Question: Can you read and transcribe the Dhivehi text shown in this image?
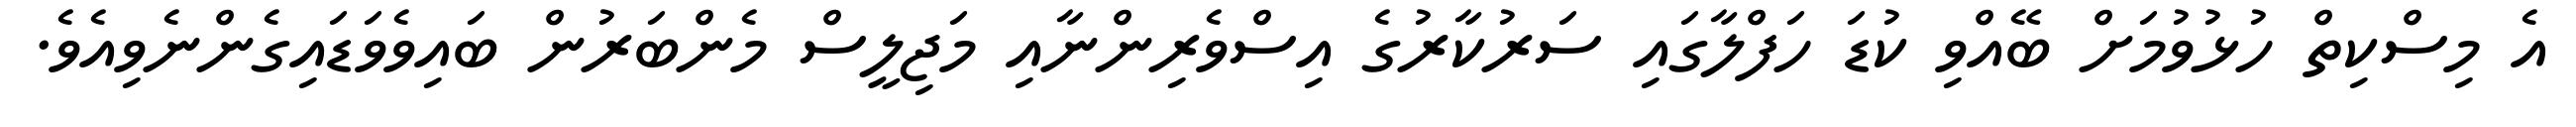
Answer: އެ މިސްކިތް ހުޅުވުމަށް ބޭއްވި ކުޑަ ހަފްލާގައި ސަރުކާރުގެ އިސްވެރިންނާއި މަޖިލީސް މެންބަރުން ބައިވެވަޑައިގެންނެވިއެވެ.